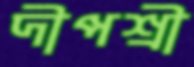
দীপশ্রী